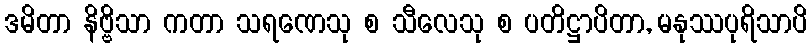
ဒမိတာ နိဗ္ဗိသာ ကတာ သရဏေသု စ သီလေသု စ ပတိဋ္ဌာပိတာ, မနုဿပုရိသာပိ